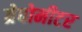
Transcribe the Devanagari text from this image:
ग्रेवोमीटर